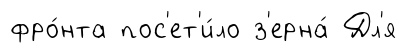
фро́нта пос'ет'и́ло з'ерна́ Дл'я